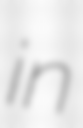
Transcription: in